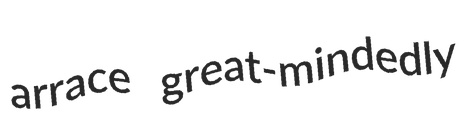
arrace great-mindedly